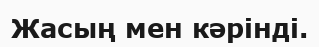
Жасың мен кәрінді.